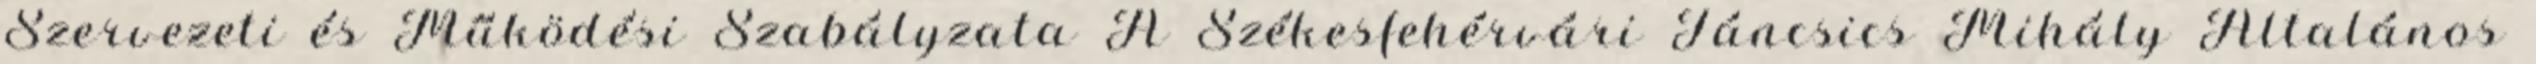
Szervezeti és Működési Szabályzata A Székesfehérvári Táncsics Mihály Általános